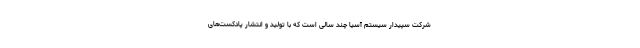
شرکت سپیدار سیستم آسیا چند سالی است که با تولید و انتشار پادکست‌های